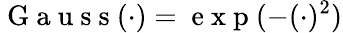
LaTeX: \mathrm{~G~a~u~s~s~}(\cdot)=\mathrm{~e~x~p~}(-(\cdot)^{2})